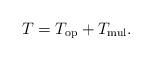
LaTeX: \begin{align*} T=T_{\rm op}+T_{\rm mul}.\end{align*}